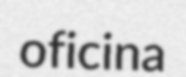
oficina